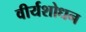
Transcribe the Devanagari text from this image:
वीर्यशोधन